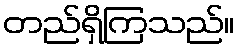
တည်ရှိကြသည်။